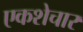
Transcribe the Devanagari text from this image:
एकशेचार